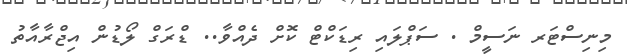
މިނިސްޓަރ ނަސީމް . ސަޕްލައި ރިޑަކްޓް ކޮށް ދެއްވާ.. ޑްރަގް ލޯޑުން އިޖްރާއާތު